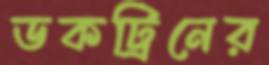
ডকট্রিনের